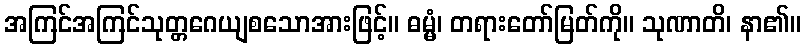
အကြင်အကြင်သုတ္တဂေယျစသောအားဖြင့်။ ဓမ္မံ၊ တရားတော်မြတ်ကို။ သုဏာတိ၊ နာ၏။